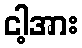
ငါ့အား